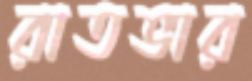
রাতভার